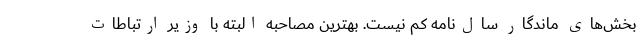
بخش‌های ماندگار سال‌نامه کم نیست. بهترین مصاحبه البته با وزیر ارتباطات